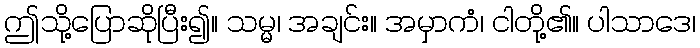
ဤသို့ပြောဆိုပြီး၍။ သမ္မ၊ အချင်း။ အမှာကံ၊ ငါတို့၏။ ပါသာဒေ၊